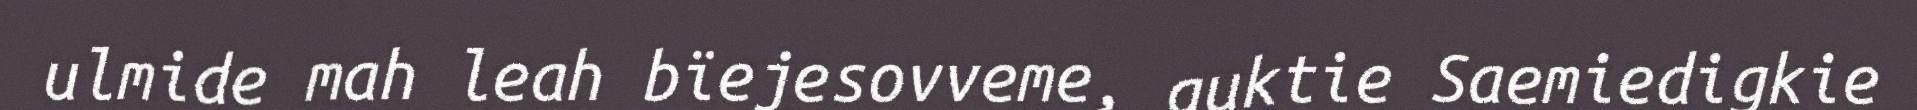
ulmide mah leah bïejesovveme, guktie Saemiedigkie